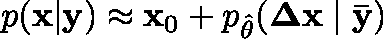
p ( \mathbf { x } | \mathbf { y } ) \approx \mathbf { x } _ { 0 } + p _ { \hat { \theta } } ( \mathbf { \Delta x } \mid \mathbf { \bar { y } } )